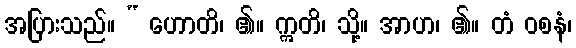
အပြားသည်။ “ ဟောတိ၊ ၏။ ဣတိ၊ သို့။ အာဟ၊ ၏။ တံ ဝစနံ၊